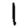
Digit: 1